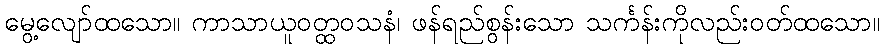
မွေ့လျော်ထသော။ ကာသာယူဝတ္ထဝသနံ၊ ဖန်ရည်စွန်းသော သင်္ကန်းကိုလည်းဝတ်ထသော။